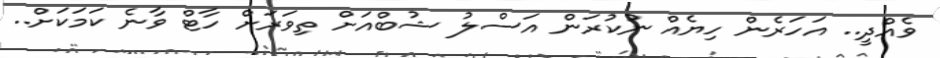
ވެއްދީ.. އަހަރެން ހިޔެއް ނުކުރަން އަސްލު ޝުބްއަށް ތިވަރަށް ހާޓް ވާނެ ކަމަކަށް..